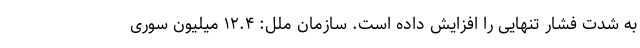
به شدت فشار تنهایی را افزایش داده است. سازمان ملل: ۱۲.۴ میلیون سوری